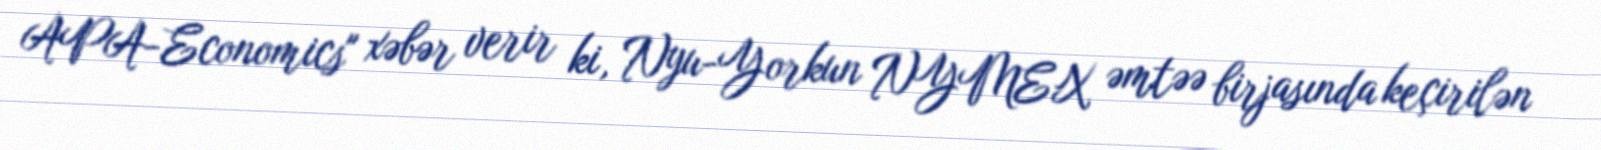
APA-Economics" xəbər verir ki, Nyu-Yorkun NYMEX əmtəə birjasında keçirilən